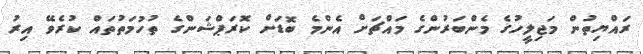
ރައްޔިތުން މަޖިލީހުގެ މެންބަރުންގެ މައްޗަށް އެންމެ ބޮޑަށް ކޮރަޕްޝަންގެ ތުހުމަތުތައް ކުރެވޭ އިރު